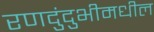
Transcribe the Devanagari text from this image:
रणदुंदुभीमधील